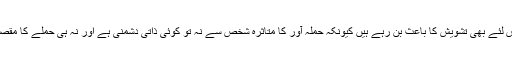
اس قسم کے واقعات اس لئے بھی تشویش کا باعث بن رہے ہیں کیونکہ حملہ آور کا متاثرہ شخص سے نہ تو کوئی ذاتی دشمنی ہے اور نہ ہی حملے کا مقصد لوٹ مار کرنے ہے۔